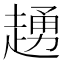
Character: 䞻